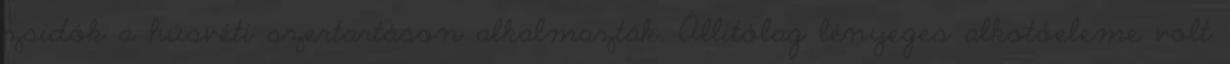
zsidók a húsvéti szertartáson alkalmazták. Állítólag lényeges alkotóeleme volt